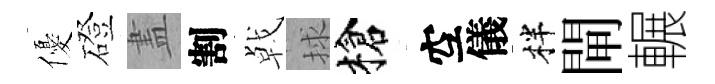
優磴𥁞割㦸捄槍空儀柈閘輾